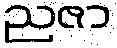
ညဇာ